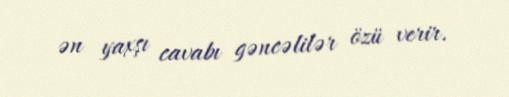
ən yaxşı cavabı gəncəlilər özü verir.